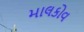
માલકોવ